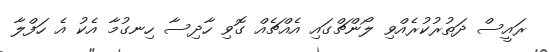
ރައީސް ދަތުރުކުރެއްވި ލޯންޗްގައި އެއްޗެއް ގޮވި ހާދިސާ ހިނގުމާ އެކު އެ ހަފްލާ